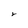
Character: r